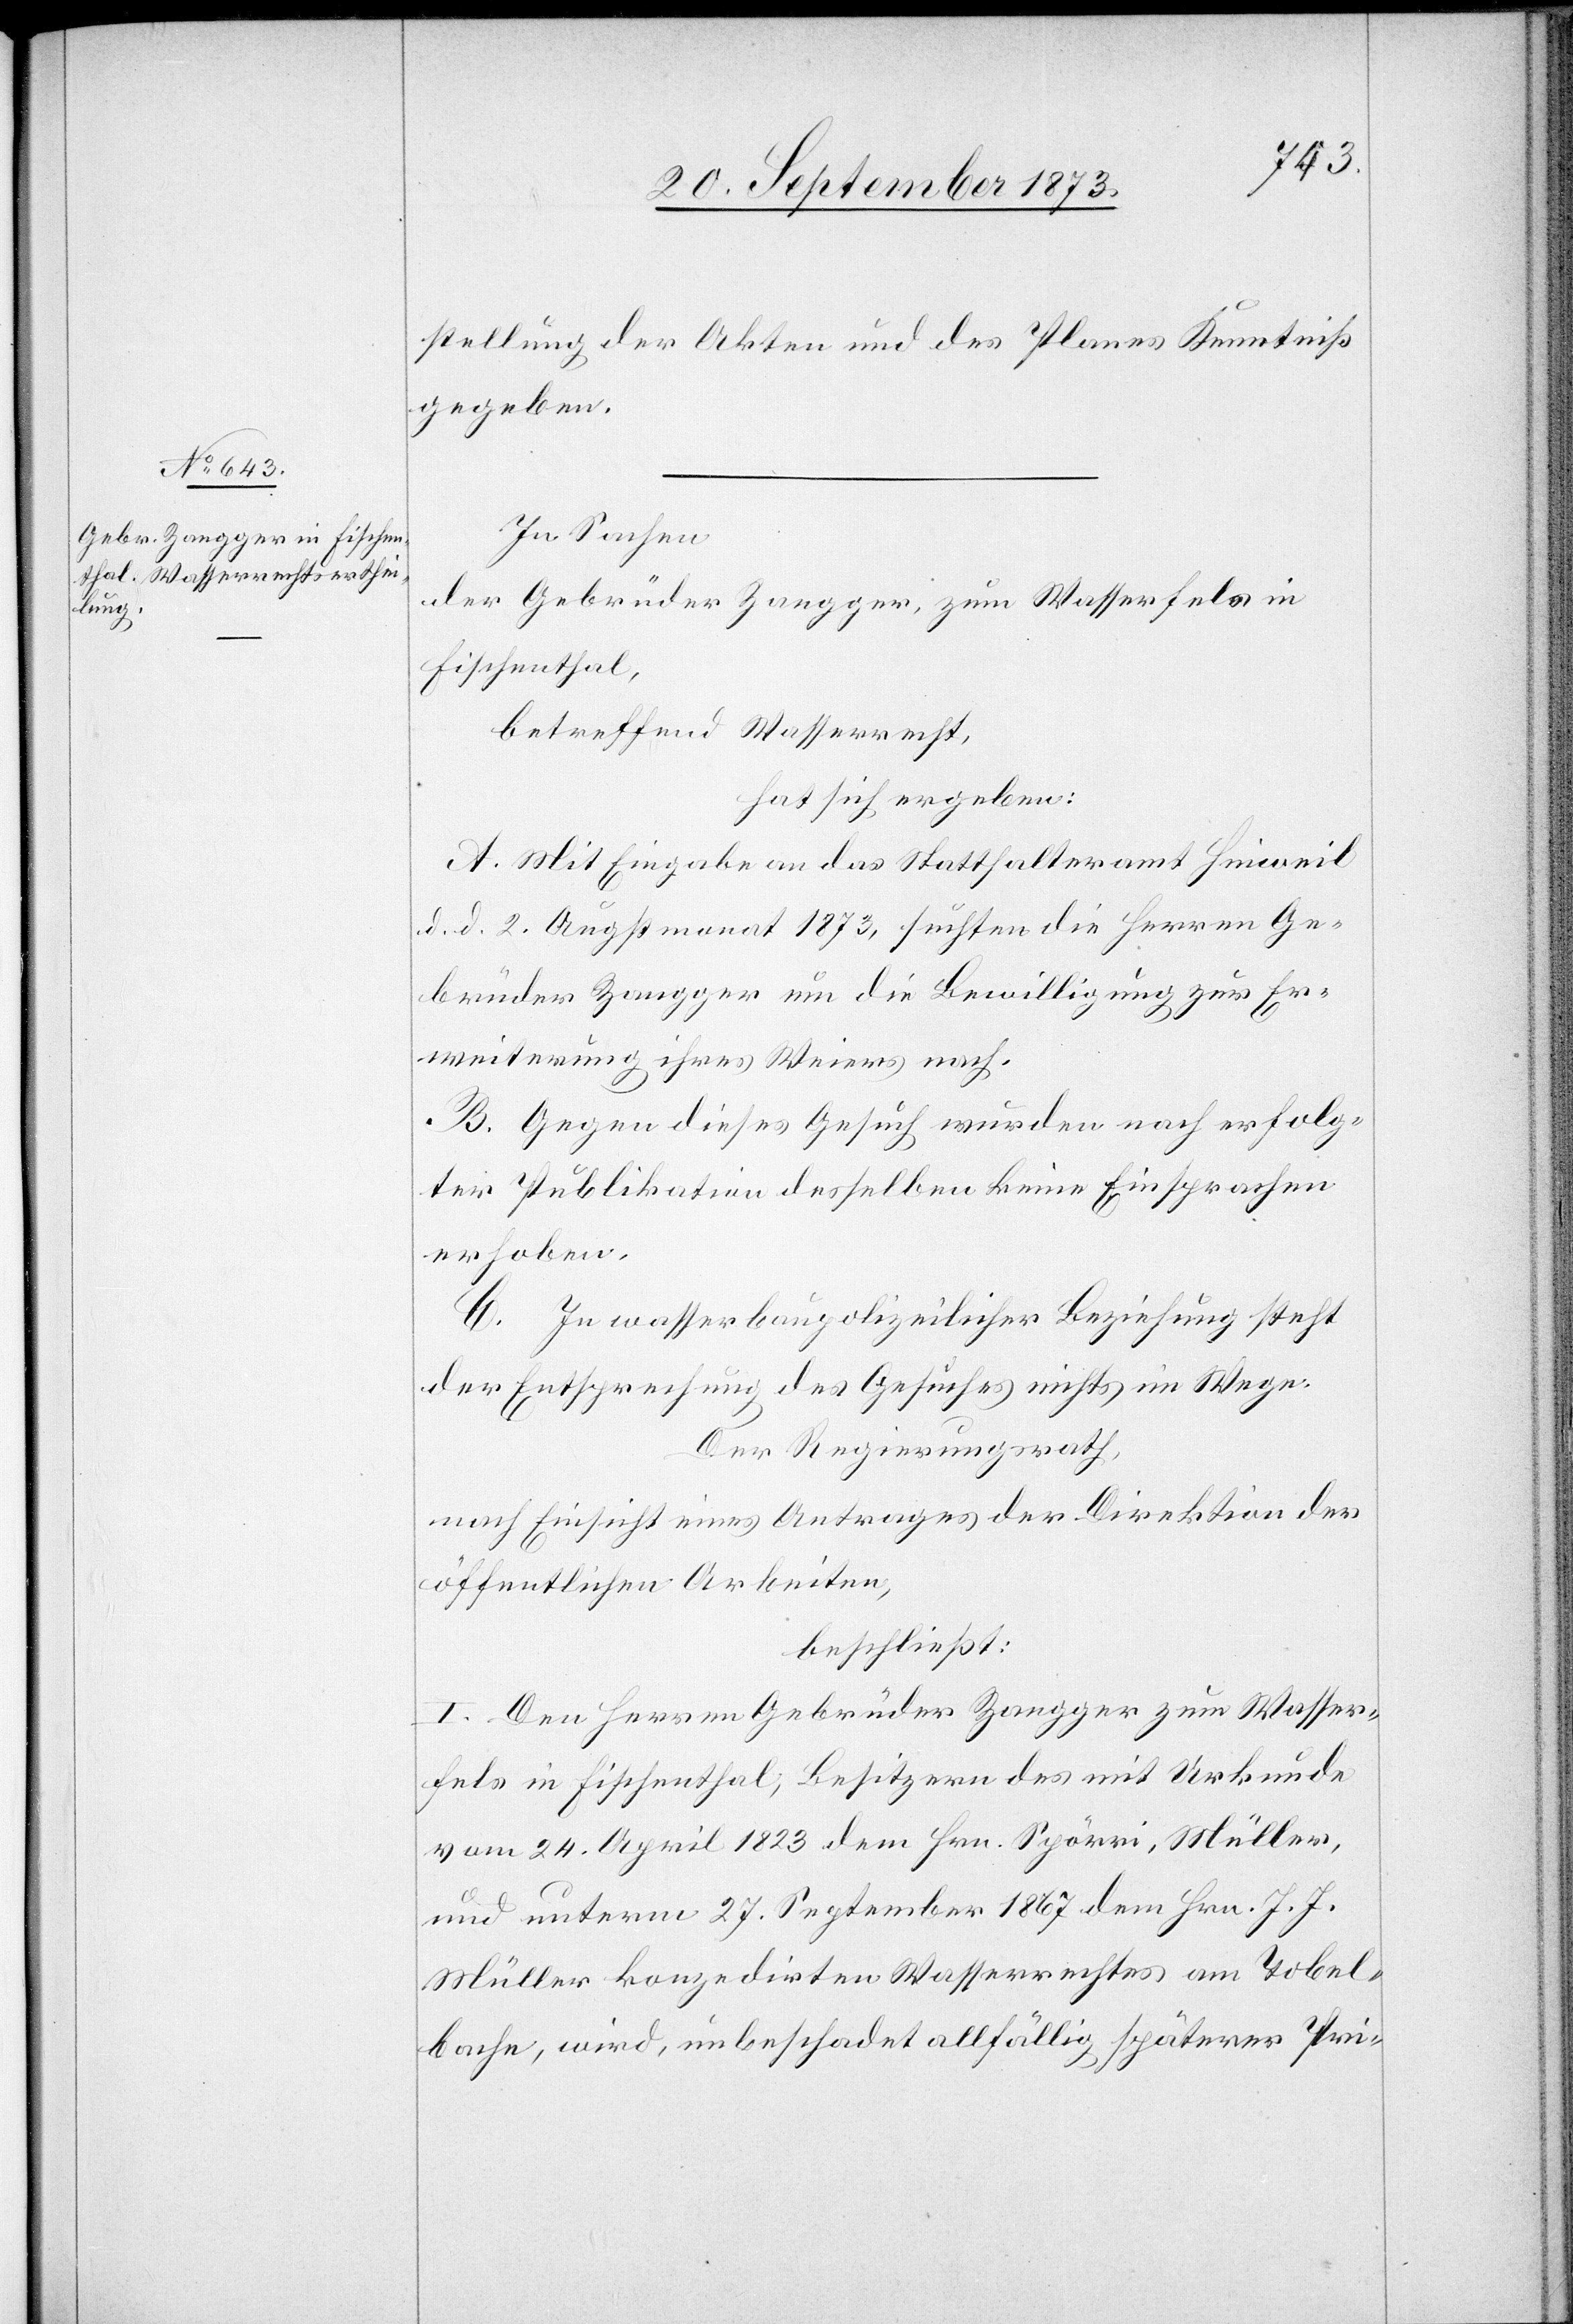
stellung der Akten und des Planes Kenntniß
gegeben.
In Sachen
der Gebrüder Zangger, zum Wasserfels in
Fischenthal,
betreffend Wasserrecht,
hat sich ergeben:
A. Mit Eingabe an das Statthalteramt Hinweil
d. d. 2. Augstmonat 1873, suchten die Herren Ge¬
brüder Zangger um die Bewilligung zur Er¬
weiterung ihres Weiers nach.
B. Gegen dieses Gesuch wurden nach erfolg¬
ter Publikation desselben keine Einsprachen
erhoben.
C. In wasserbaupolizeilicher Beziehung steht
der Entsprechung des Gesuches nichts im Wege.
Der Regierungsrath,
nach Einsicht eines Antrages der Direktion der
öffentlichen Arbeiten,
beschließt:
I. Den Herren Gebrüder Zangger zum Wasser¬
fels in Fischenthal, Besitzern des mit Urkunde
vom 24. April 1823 dem Hrn. Spörri, Müller,
und unterm 27. September 1867 dem Hrn. J. J.
Müller konzedirten Wasserrechtes am Tobel¬
bache, wird, unbeschadet allfällig späterer Pri-